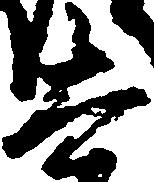
太